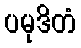
ပမုဒိတံ